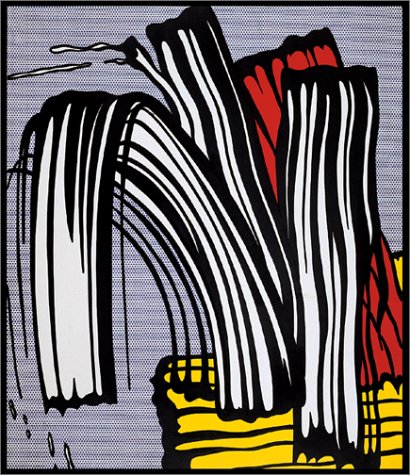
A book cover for Whitney: American Visionaries - Selections from the WhitneyMuseum of American Art; Maxwell L. Anderson; Teen & Young Adult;